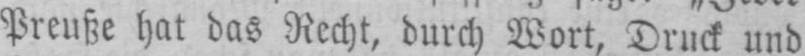
Preuße hat das Recht, durch Wort, Druck und